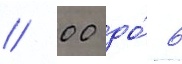
// 00 до́ 6